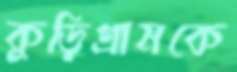
কুড়িগ্রামকে